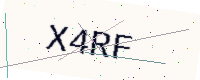
Text: X4RF